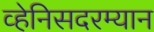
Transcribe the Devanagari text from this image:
व्हेनिसदरम्यान